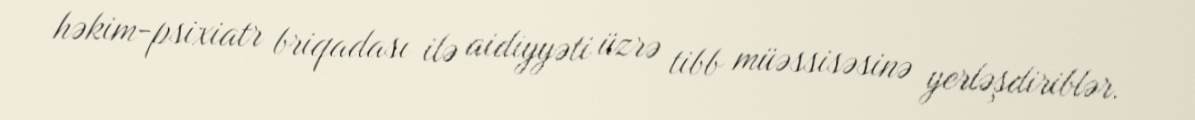
həkim-psixiatr briqadası ilə aidiyyəti üzrə tibb müəssisəsinə yerləşdiriblər.